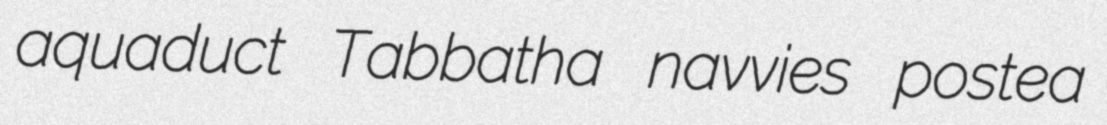
aquaduct Tabbatha navvies postea